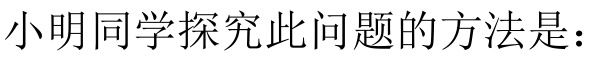
小明同学探究此问题的方法是：